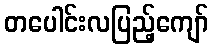
တပေါင်းလပြည့်ကျော်